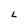
Character: L